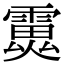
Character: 𩅏